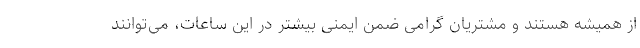
از همیشه هستند و مشتریان گرامی ضمن ایمنی بیشتر در این ساعات، می‌توانند